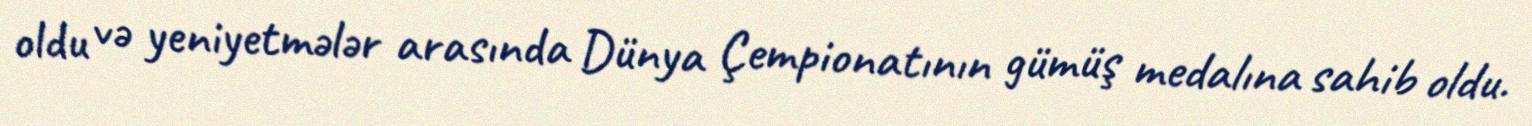
oldu və yeniyetmələr arasında Dünya Çempionatının gümüş medalına sahib oldu.